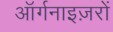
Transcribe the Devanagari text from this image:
ऑर्गनाइज़रों